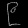
Digit: ၉